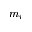
m _ { i }